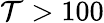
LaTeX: \mathcal{T}>100